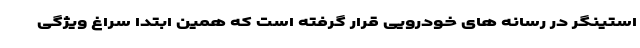
استینگر در رسانه های خودرویی قرار گرفته است که همین ابتدا سراغ ویژگی